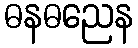
ဓနဓညေန